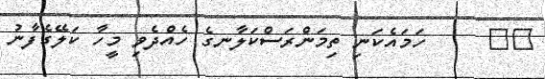
١١     ހަމައެކަނި ތިމަންރަސްކަލާނގެ ހެއްދެވި މީހާ ކަލޭގެފާނު